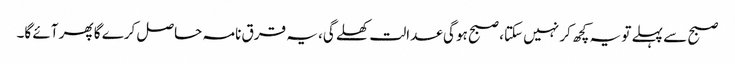
صبح سے پہلے تو یہ کچھ کر نہیں سکتا، صبح ہو گی عدالت کھلے گی، یہ قرق نامہ حاصل کرے گا پھر آئے گا۔